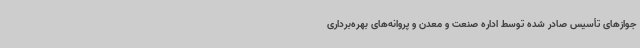
جوازهای تأسیس صادر شده توسط اداره صنعت و معدن و پروانه‌های بهره‌برداری